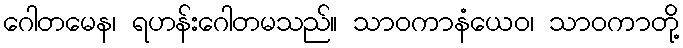
ဂေါတမေန၊ ရဟန်းဂေါတမသည်။ သာဝကာနံယေဝ၊ သာဝကာတို့